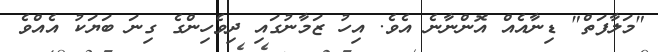
"މަލާފަތް" ޑިނާއެއް އޮންނާނެ އެވެ. އިހު ޒަމާނުގައި ދިވެހިންގެ ގިނަ ބަޔަކު އެއްވެ